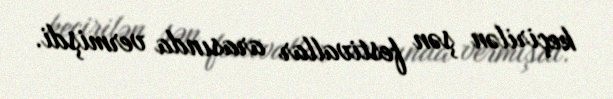
keçirilən şən festivallar arasında vermişdi.